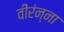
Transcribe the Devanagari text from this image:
वीरंन्ना